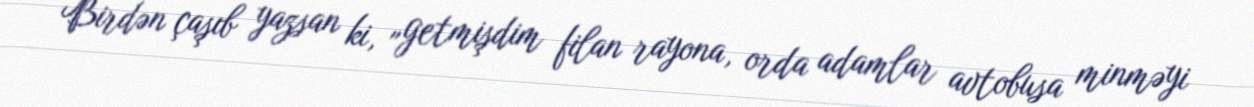
Birdən çaşıb yazsan ki, „getmişdim filan rayona, orda adamlar avtobusa minməyi